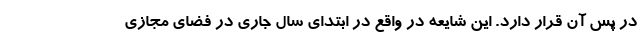
در پس آن قرار دارد. این شایعه در واقع در ابتدای سال جاری در فضای مجازی